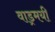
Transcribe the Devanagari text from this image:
वाड्रमयी